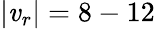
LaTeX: |\mathit{v}_{r}|=8-12